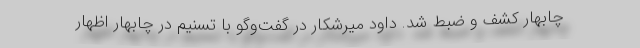
چابهار کشف و ضبط شد. داود میرشکار در گفت‌وگو با تسنیم در چابهار اظهار